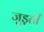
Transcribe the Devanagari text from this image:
जुड़तीं